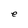
Character: e